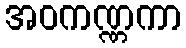
အဝကဏ္ဏကာ